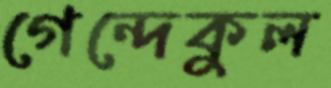
গেন্দেকুল